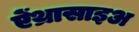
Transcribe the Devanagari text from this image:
ऐंथ्रासाइअ